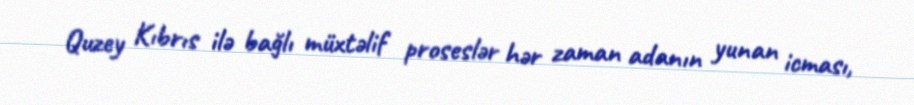
Quzey Kıbrıs ilə bağlı müxtəlif proseslər hər zaman adanın yunan icması,